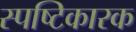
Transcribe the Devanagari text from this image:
स्पष्टिकारक